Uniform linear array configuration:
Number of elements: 16
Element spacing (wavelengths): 0.25
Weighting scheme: cosine
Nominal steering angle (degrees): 15
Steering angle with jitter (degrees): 13.728
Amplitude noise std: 0.05
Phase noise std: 0.05

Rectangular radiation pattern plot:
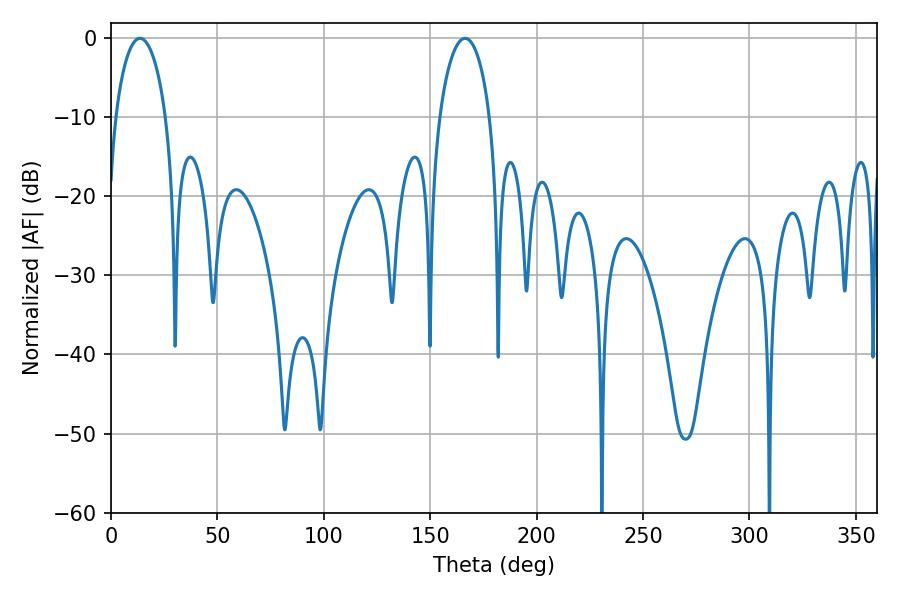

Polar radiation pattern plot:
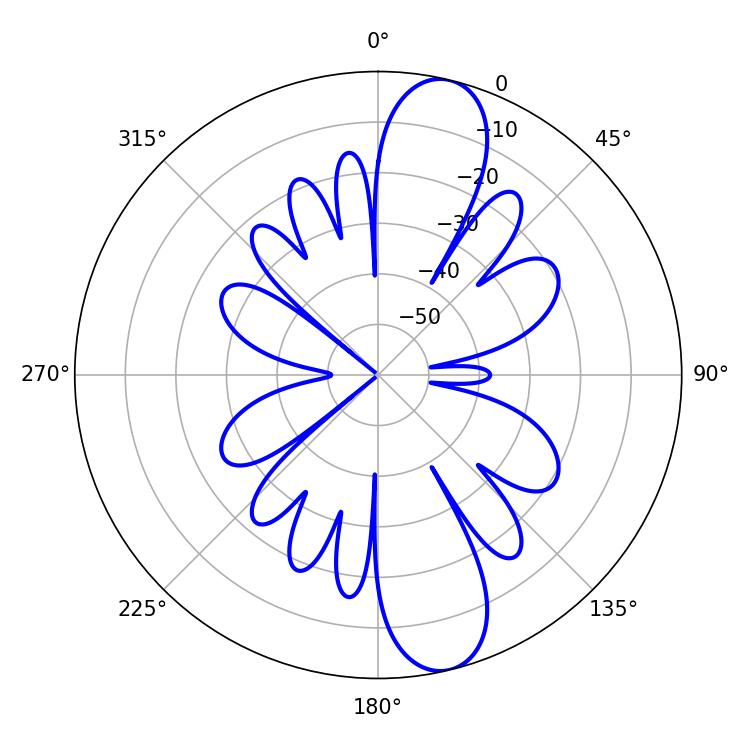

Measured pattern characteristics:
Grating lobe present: FALSE
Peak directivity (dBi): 12.127
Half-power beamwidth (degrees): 13.5
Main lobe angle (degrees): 13.68